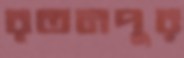
রতনপুর